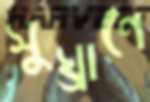
সুঘ্রাণে